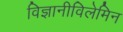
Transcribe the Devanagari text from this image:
विज्ञानीविलेमिन